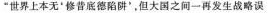
“世界上本无‘成'修昔底德陷阱'，但大国直接一再发生战略误